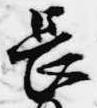
長